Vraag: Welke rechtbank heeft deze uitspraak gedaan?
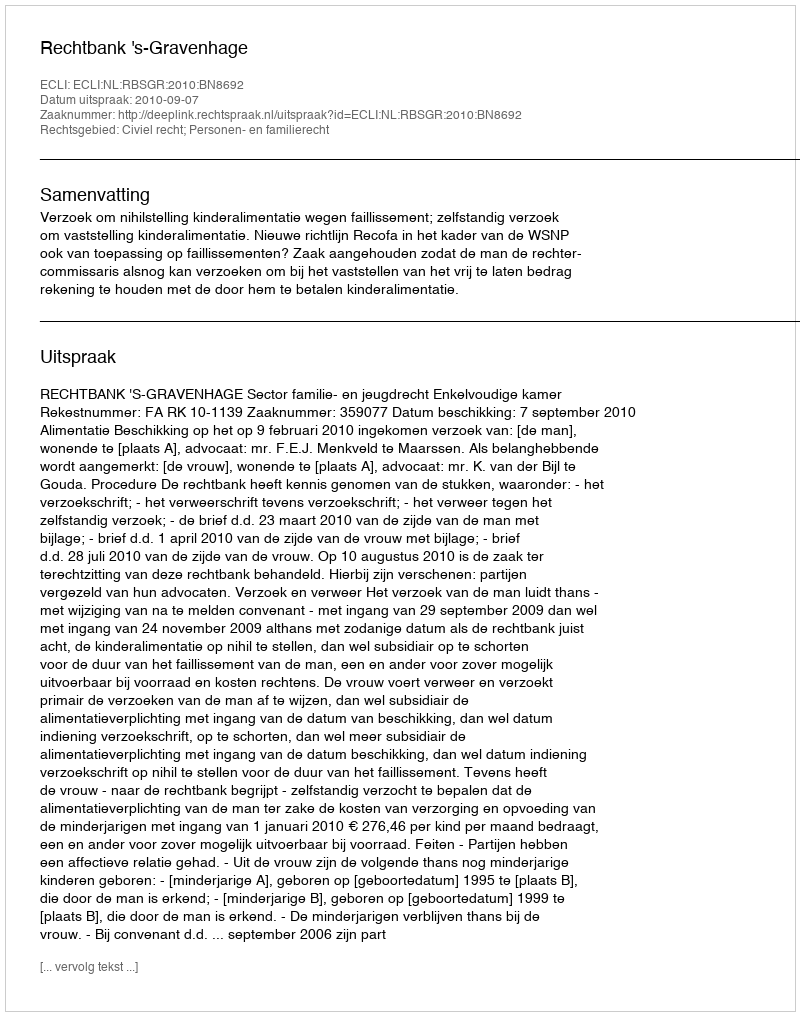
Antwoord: Rechtbank 's-Gravenhage